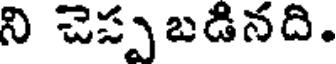
ని చెప్పబడినది.